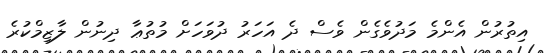
އިތުރުން އެންމެ މަދުވެގެން ވެސް ދެ އަހަރު ދުވަހަށް މުތުޢާ ދިނުން ލާޒިމްކުރެ